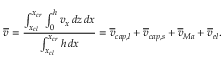
\overline { { v } } = \frac { \int _ { x _ { c l } } ^ { x _ { c r } } \int _ { 0 } ^ { h } v _ { x } \, d z \, d x } { \int _ { x _ { c l } } ^ { x _ { c r } } h \, d x } = \overline { { v } } _ { c a p , l } + \overline { { v } } _ { c a p , s } + \overline { { v } } _ { M a } + \overline { { v } } _ { e l } .